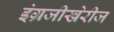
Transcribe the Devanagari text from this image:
इंग्रजीखेरीज